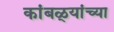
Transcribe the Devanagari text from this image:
कांबळ्यांच्या